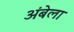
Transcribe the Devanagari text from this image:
अंबेला